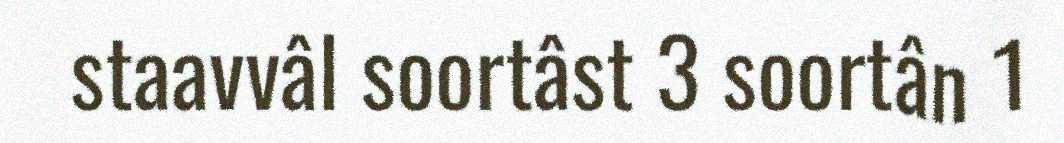
staavvâl soortâst 3 soortân 1